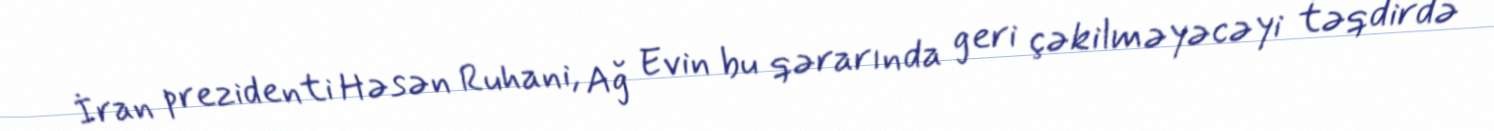
İran prezidenti Həsən Ruhani, Ağ Evin bu qərarında geri çəkilməyəcəyi təqdirdə